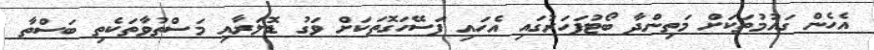
އެހެން ގައުމުތަކަށް މަތިންދާ ބޯޓުފަހަރުގައި އެހައި ފަސޭހަގޮތަކަށް ވަގު ޑޮލަރާއި މަސްތުވާތަކެތި ބަސްތާ